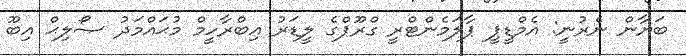
ބަޔާން ނެރުނީ: އެމްޑީޕީ ޕާލަމެންޓްރީ ގްރޫޕްގެ ލީޑަރު އިބްރާހީމް މުޙައްމަދު ޞޯލިޙް އިބޫ